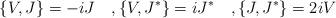
LaTeX: \begin{align*} \{V,J\}=-iJ\quad,\{V,J^*\}=iJ^*\quad,\{J,J^*\}=2iV\end{align*}